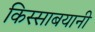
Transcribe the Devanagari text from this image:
किस्साबयानी